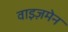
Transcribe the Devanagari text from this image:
वाइज़मेन